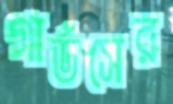
গার্ডসের